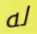
له